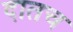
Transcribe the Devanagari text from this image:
दातच